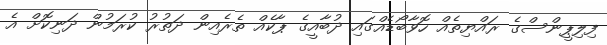
ފިލިޕީންސްގެ ރައްޔިތެއް ހޮވާބޯޑެއްގައި ދުބާއީގެ ޕާކެއް ތެރެއިން ދަތުރު ކުރަމުން ދަނިކޮށް އެ